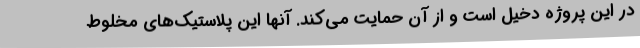
در این پروژه دخیل است و از آن حمایت می‌کند. آنها این پلاستیک‌های مخلوط